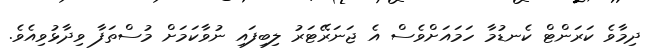
ދިމާވެ ކަރަންޓް ކެނޑުމާ ހަމައަށްވެސް އެ ޖަނަރޭޓަރު ލިބިފައި ނުވާކަމަށް މުސްތަފާ ވިދާޅުވިއެވެ.